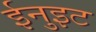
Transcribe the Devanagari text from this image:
ईनुइट